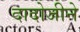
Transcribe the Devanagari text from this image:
दादोजीने